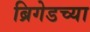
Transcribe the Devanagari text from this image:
ब्रिगेडच्या